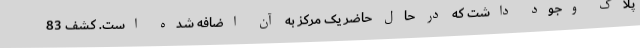
پلاک وجود داشت که در حال حاضر یک مرکز به آن اضافه شده است. کشف 83